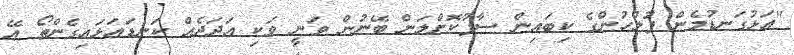
"އަޅުގަނޑުމެން ފުލުހުންގެ ކިބައިން ސާފުކޮށްލަން ބޭނުން ވަނީ ވަކި އަދަދެއް ކަނޑައަޅައިގެންތޯ އޭ